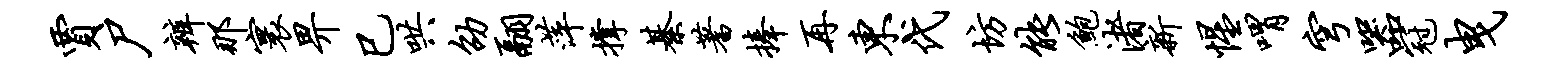
贾尸辨那寰畀巳哄劭翮萍撑綦蓍捧再东代坊能鲍渚新惺喟穹器冠曳